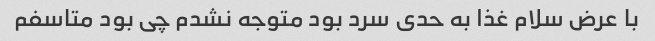
با عرض سلام غذا به حدی سرد بود متوجه نشدم چی بود متاسفم